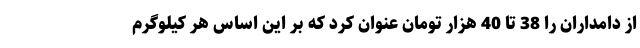
از دامداران را 38 تا 40 هزار تومان عنوان کرد که بر این اساس هر کیلوگرم